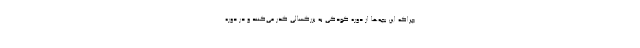
چراکه این بچه‌ها از دوره کودکی به بزرگسالی گذر می‌کنند و در دوره